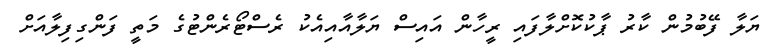
ޔަލާ ފޭބުމުން ކާރު ޕާކުކޮށްލާފައި ރީހާން އައިސް ޔަލާއާއިއެކު ރެސްޓޯރެންޓުގެ މަތީ ފަންގިފިލާއަށް